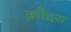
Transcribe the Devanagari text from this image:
क़ौद्रस